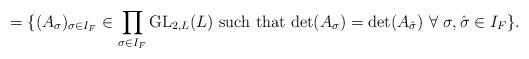
LaTeX: \begin{align*}= \{ (A_{\sigma})_{\sigma \in I_F} \in \prod_{\sigma \in I_F} \mbox{GL}_{2, L}(L) \ \mbox{such that} \ \mbox{det}(A_{\sigma})=\mbox{det}(A_{\hat{\sigma}}) \ \forall \ \sigma, \hat{\sigma} \in I_F \}.\end{align*}